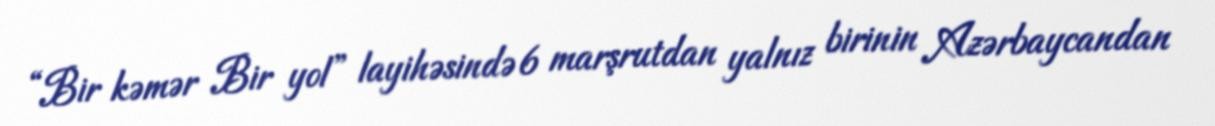
“Bir kəmər Bir yol” layihəsində 6 marşrutdan yalnız birinin Azərbaycandan